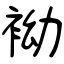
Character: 袎